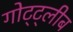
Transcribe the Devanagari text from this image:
गोट्ट्लीब